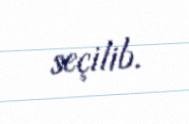
seçilib.